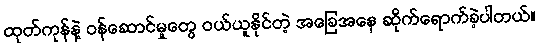
ထုတ်ကုန်နဲ့ ဝန်ဆောင်မှုတွေ ဝယ်ယူနိုင်တဲ့ အခြေအနေ ဆိုက်ရောက်ခဲ့ပါတယ်။